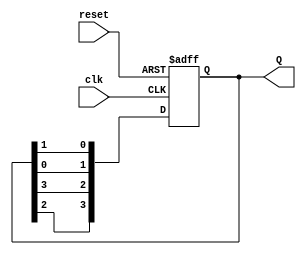
module johnson_counter(
    input clk,
    input reset,
    output reg [3:0] Q
);

reg [3:0] next_state;

always @(posedge clk or posedge reset) begin
    if (reset) begin
        Q <= 4'b0001; // Initial state
    end else begin
        Q <= next_state;
    end
end

always @* begin
    next_state = {Q[2], Q[3], Q[0], Q[1]}; // Circular shift
end

endmodule